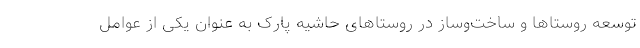
توسعه روستاها و ساخت‌وساز در روستاهای حاشیه پارک به عنوان یکی از عوامل